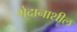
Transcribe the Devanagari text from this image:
भेदानाशील